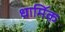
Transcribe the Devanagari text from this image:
धामि॔क